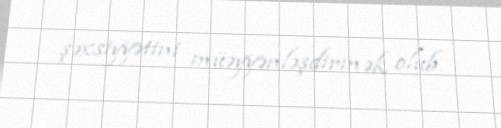
şəxsiyyətini müəyyənləşdirmək olub.